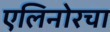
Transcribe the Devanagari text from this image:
एलिनोरचा